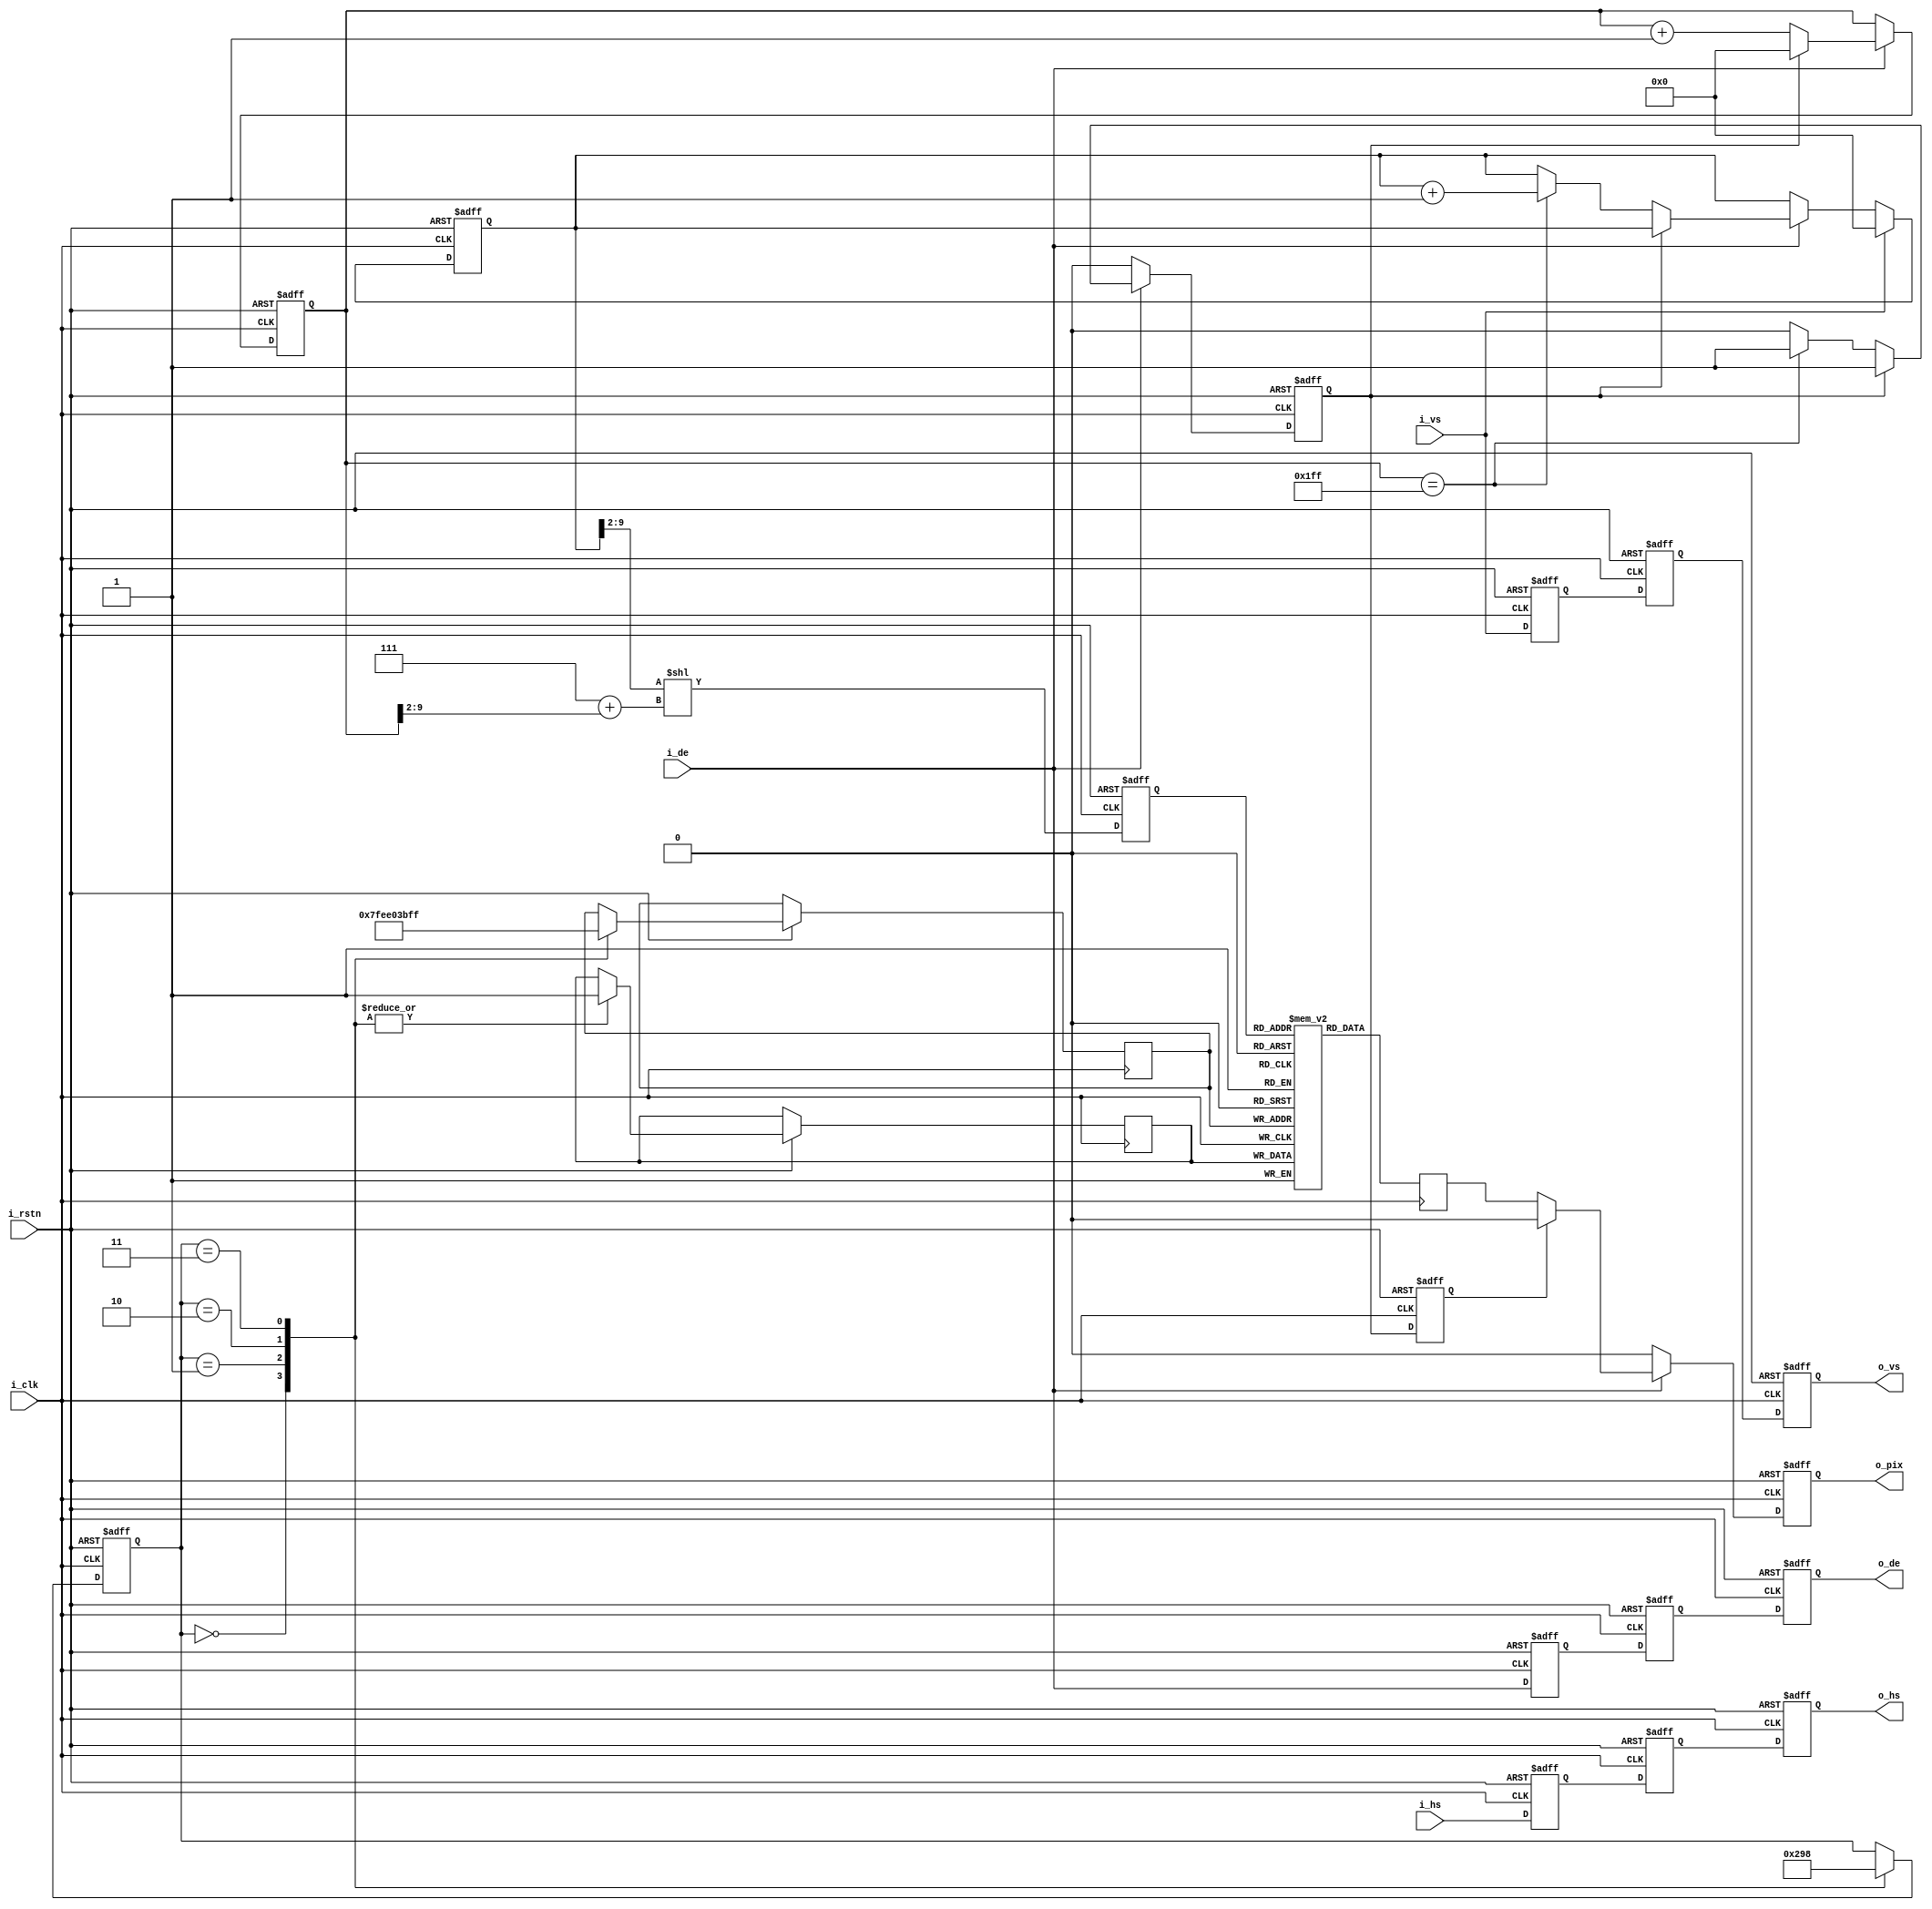
module frame_buffer (
        input i_clk,
        input i_rstn,
        
        // input from timing generator
        input i_de,
        input i_hs,
        input i_vs,
        
        // output to display
        output reg o_de,
        output reg o_hs,
        output reg o_vs,
        output reg o_pix
);

  parameter WIDTH  = 128;
  parameter HEIGHT = 120;

  reg mem[0:WIDTH*HEIGHT-1];


  // tricks to make this frame buffer work on icestick
  //
  // 640 by 480 frame buffer would not fit
  // scale down by 4
  // 640/4 * 480/4 = 160 * 120 = 19200 bits =~ 5 block rams
  //
  //
  // to get liner address from rows and columns
  // we can use the following formula
  //
  // addr = row * 640 + col
  //
  // since the ice40hx1k does not have a hard multiplier
  // multiplication by 640 would take up too many resources
  //
  // let's make the actual horizontal active 512 to allow for bit shifting for
  // multiplication
  //
  // still scaling by 4
  // 512/4 = 128 by 480/4=120 => 128x120 = 15360 bits =~ 4 block rams
  //
  // addr = row/4 * 128 + col/4 = ((row >> 2) << 7) + (col >> 2)
  //
  // to map 512 (640) to 128 
  // count 0 to 127 with pclk while de==1
  // once overflow to 0 happens, output black pixels until next line of the input 
  // timing is reached and increment row count
  // 
  // the active resolution is 640 but only the first 512 is actually used, the rest
  // is padded black

  reg [9:0] q_col_cnt;
  reg [9:0] q_row_cnt;
  reg q_padding;
  reg q_de_0, q_hs_0, q_vs_0;
  always @(posedge i_clk, negedge i_rstn) begin
    if (!i_rstn) begin
      q_col_cnt <= 9'b0;
      q_padding <= 1'b0;
      q_row_cnt <= 9'b0;
      q_de_0    <= 1'b0;
      q_hs_0    <= 1'b0;
      q_vs_0    <= 1'b0;
    end else begin
      if (i_de) begin
        if (q_padding) begin
          q_col_cnt <= 9'b0;
        end else begin
          // update column counter on data enable high
          q_col_cnt <= q_col_cnt + 1'b1;
          // when 512th pixel is reach, output padding
          if (q_col_cnt == 9'b111111111) begin
            // increment row counter
            q_row_cnt <= q_row_cnt + 1'b1;
            q_padding <= 1'b1;
          end
        end
      end else begin
        q_padding <= 1'b0;
      end
      
      if (i_vs) begin
        // reset row counter on vsync
        q_row_cnt <= 9'b0;
      end
      
      q_de_0 <= i_de;
      q_hs_0 <= i_hs;
      q_vs_0 <= i_vs;
    end
  end
    
  reg [13:0] q_raddr;
  reg q_de_1, q_hs_1, q_vs_1;
  reg q_padding_1;
  always @(posedge i_clk, negedge i_rstn) begin
    if (!i_rstn) begin
      q_raddr <= 14'b0;
      q_de_1 <= 1'b0;
      q_hs_1 <= 1'b0;
      q_vs_1 <= 1'b0;
      q_padding_1 <= 1'b0;
    end else begin
      q_raddr <= q_row_cnt[9:2] << 7 + q_col_cnt[9:2];
      q_de_1 <= q_de_0;
      q_hs_1 <= q_hs_0;
      q_vs_1 <= q_vs_0;
      q_padding_1 <= q_padding;
    end
  end
  
  reg q_data;
  always @(posedge i_clk) begin
    q_data <= mem[q_raddr];
  end
  
  always @(posedge i_clk, negedge i_rstn) begin
    if (!i_rstn) begin
      o_de <= 1'b0;
      o_hs <= 1'b0;
      o_vs <= 1'b0;
      o_pix <= 1'b0;
    end else begin
      o_de <= q_de_1;
      o_hs <= q_hs_1;
      o_vs <= q_vs_1;
      if (i_de) begin
        if (q_padding_1) begin
          o_pix <= 1'b0;
        end else begin
          o_pix <= q_data;
        end
      end else begin
        o_pix <= 1'b0;
      end 
    end
  end
  
  
  // test writer fsm
  reg [13:0] q_waddr;
  reg q_wdata;
  reg [2:0] q_state;
    always @(posedge i_clk, negedge i_rstn) begin
    if (!i_rstn) begin
      q_state <= 3'b0;
    end else begin
      case (q_state)
        3'd0: begin
          q_waddr <= 14'd0;
          q_wdata <= 1'b1;
          q_state <= 3'd1;
        end
        3'd1: begin
          q_waddr <= 14'd127;
          q_wdata <= 1'b1;
          q_state <= 3'd2;
        end
        3'd2: begin
          q_waddr <= 14'd15232;
          q_wdata <= 1'b1;
          q_state <= 3'd3;
        end
        3'd3: begin
          q_waddr <= 14'd15359;
          q_wdata <= 1'b1;
          q_state <= 3'd0;
        end
      endcase
    end
  end
  
  always @(posedge i_clk) begin
    mem[q_waddr] <= q_wdata;
  end
  

endmodule